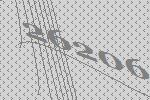
26206